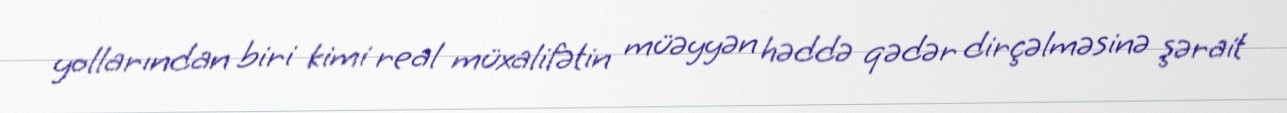
yollarından biri kimi real müxalifətin müəyyən həddə qədər dirçəlməsinə şərait